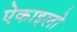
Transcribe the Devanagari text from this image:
ऐकाइलो